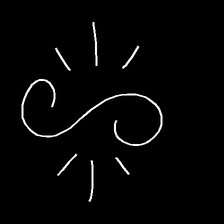
Glyph: wind-directs-air